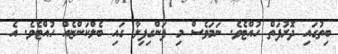
ބިތުގައި ދޮރުފަތް ހުއްޓެވެ. ނަމަވެސް މި ފަންގިފިލާ ގައި ބެލްކަންޏެއް ހުއްޓެވެ. އެ